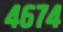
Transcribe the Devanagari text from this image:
४६७४